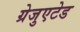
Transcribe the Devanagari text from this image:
ग्रेजुएटेड